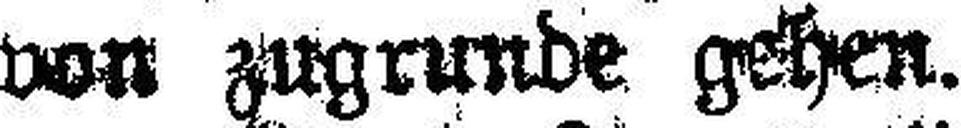
von zugrunde gehen.